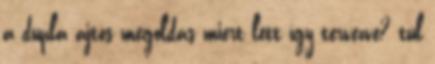
a dupla ajtós megoldás miert lett így tervezve? túl